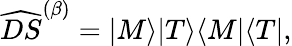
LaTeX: \widehat{DS}^{(\beta)}=|M\rangle|T\rangle\langle M|\langle T|,